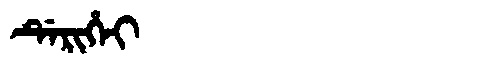
Manchu: ᡩᡝᡵᡳᡥᡝᡳ
Romanization: DERIHEI